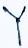
Text: Y